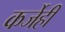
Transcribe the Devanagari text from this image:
कर्जेही